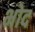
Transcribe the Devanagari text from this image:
भोद